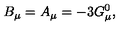
B _ { \mu } = A _ { \mu } = - 3 G _ { \mu } ^ { 0 } ,